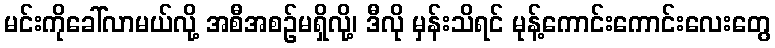
မင်းကိုခေါ်လာမယ်လို့ အစီအစဉ်မရှိလို့၊ ဒီလို မှန်းသိရင် မုန့်ကောင်းကောင်းလေးတွေ